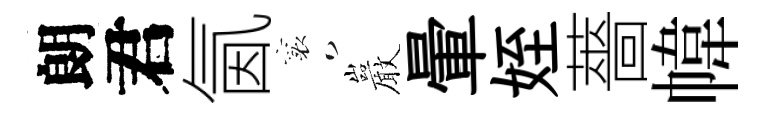
朗君氤襄巖暈姪薔幃